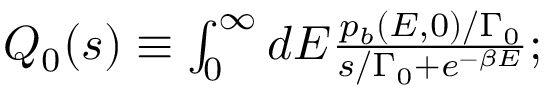
\begin{array} { r } { Q _ { 0 } ( s ) \equiv \int _ { 0 } ^ { \infty } d E \frac { p _ { b } ( E , 0 ) / \Gamma _ { 0 } } { s / \Gamma _ { 0 } + e ^ { - \beta E } } ; } \end{array}